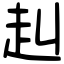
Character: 赳